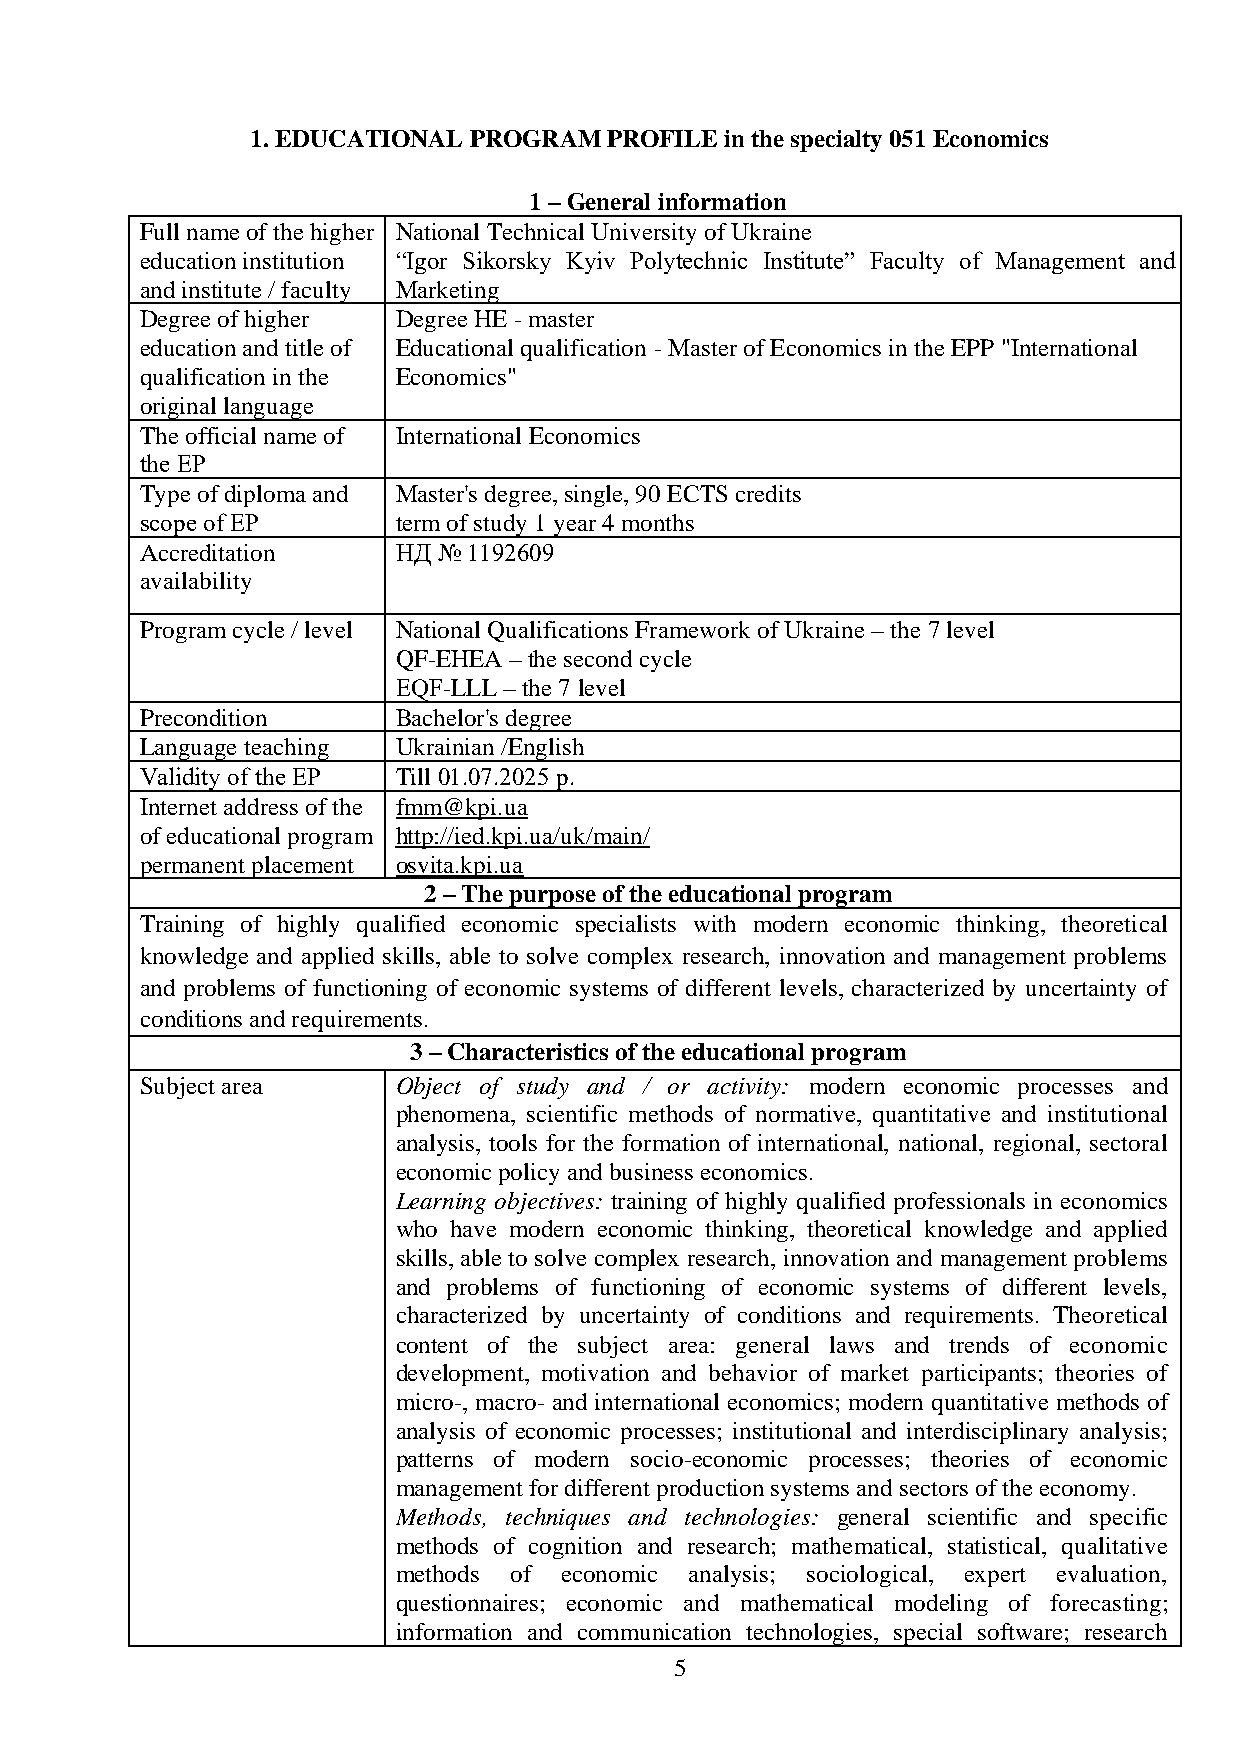
1. EDUCATIONAL PROGRAM PROFILE in the specialty 051 Economics
 1 – General information
 Full name of the higher National Technical University of Ukraine
 education institution “Igor Sikorsky Kyiv Polytechnic Institute” Faculty of Management and
 and institute / faculty Marketing
 Degree of higher Degree HE - master
 education and title of Educational qualification - Master of Economics in the EPP "International
 qualification in the Economics"
 original language
 The official name of International Economics
 the ЕР
 Type of diploma and Master's degree, single, 90 ECTS credits
 scope of ЕР      term of study 1 year 4 months
 Accreditation    НД № 1192609
 availability
 Program cycle / level National Qualifications Framework of Ukraine – the 7 level
 QF-EHEA – the second cycle
 ЕQF-LLL – the 7 level
 Precondition     Bachelor's degree
 Language teaching Ukrainian /English
 Validity of the ЕР Till 01.07.2025 р.
 Internet address of the fmm@kpi.ua
 of educational program http://ied.kpi.ua/uk/main/
 permanent placement osvita.kpi.ua
 2 – The purpose of the educational program
 Training of highly qualified economic specialists with modern economic thinking, theoretical
 knowledge and applied skills, able to solve complex research, innovation and management problems
 and problems of functioning of economic systems of different levels, characterized by uncertainty of
 conditions and requirements.
 3 – Characteristics of the educational program
 Subject area     Object of study and / or activity: modern economic processes and
 phenomena, scientific methods of normative, quantitative and institutional
 analysis, tools for the formation of international, national, regional, sectoral
 economic policy and business economics.
 Learning objectives: training of highly qualified professionals in economics
 who have modern economic thinking, theoretical knowledge and applied
 skills, able to solve complex research, innovation and management problems
 and problems of functioning of economic systems of different levels,
 characterized by uncertainty of conditions and requirements. Theoretical
 content of the subject area: general laws and trends of economic
 development, motivation and behavior of market participants; theories of
 micro-, macro- and international economics; modern quantitative methods of
 analysis of economic processes; institutional and interdisciplinary analysis;
 patterns of modern socio-economic processes; theories of economic
 management for different production systems and sectors of the economy.
 Methods, techniques and technologies: general scientific and specific
 methods of cognition and research; mathematical, statistical, qualitative
 methods of economic analysis; sociological, expert evaluation,
 questionnaires; economic and mathematical modeling of forecasting;
 information and communication technologies, special software; research
 5